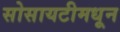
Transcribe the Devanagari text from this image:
सोसायटीमधून